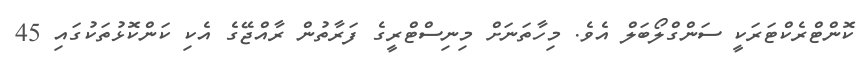
ކޮންޓްރެކްޓަރަކީ ސަންގްލޯބަލް އެވެ. މިހާތަނަށް މިނިސްޓްރީގެ ފަރާތުން ރާއްޖޭގެ އެކި ކަންކޮޅުތަކުގައި 45